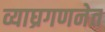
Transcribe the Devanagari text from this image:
व्याघ्रगणनेत